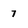
Character: 7